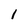
Character: I